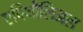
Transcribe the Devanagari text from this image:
एपिथीलिअल